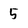
Character: 5